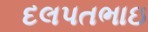
દલપતભાઇ